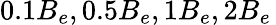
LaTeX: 0.1{B}_{{e}},0.5{B}_{{e}},1{B}_{{e}},2{B}_{{e}}\thinspace